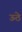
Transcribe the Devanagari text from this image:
ऊठे